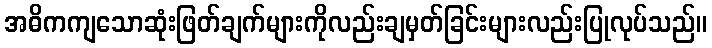
အဓိကကျသောဆုံးဖြတ်ချက်များကိုလည်းချမှတ်ခြင်းများလည်းပြုလုပ်သည်။